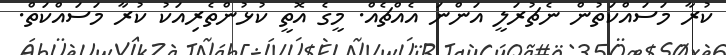
ކުރާ މަސައްކަތުން ނެޗުރަލީ އަންނަ އެއްޗެއް. މީގެ އޮތީ ކުޅުންތެރިއަކު ކުރާ މަސައްކަތް.